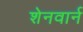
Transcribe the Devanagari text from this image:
शेनवार्न